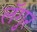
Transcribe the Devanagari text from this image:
लॅगुर